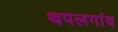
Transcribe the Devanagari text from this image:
थपलगांव